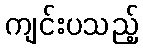
ကျင်းပသည့်